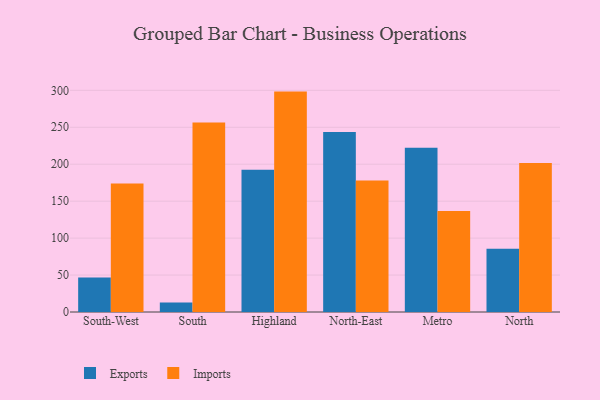
{"axis": {"x": "Region", "y": "Market Share (%)"}, "legend": ["Exports", "Imports"], "data": [{"x": "South-West", "y": 46.8, "type": "Exports"}, {"x": "South-West", "y": 174.0, "type": "Imports"}, {"x": "South", "y": 12.7, "type": "Exports"}, {"x": "South", "y": 256.5, "type": "Imports"}, {"x": "Highland", "y": 192.5, "type": "Exports"}, {"x": "Highland", "y": 298.3, "type": "Imports"}, {"x": "North-East", "y": 243.6, "type": "Exports"}, {"x": "North-East", "y": 177.9, "type": "Imports"}, {"x": "Metro", "y": 222.3, "type": "Exports"}, {"x": "Metro", "y": 136.6, "type": "Imports"}, {"x": "North", "y": 85.7, "type": "Exports"}, {"x": "North", "y": 201.5, "type": "Imports"}]}